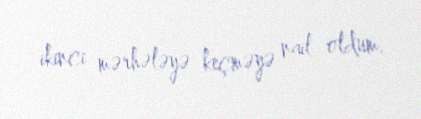
ikinci mərhələyə keçməyə nail oldum.